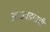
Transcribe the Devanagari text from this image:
आठवडयाची